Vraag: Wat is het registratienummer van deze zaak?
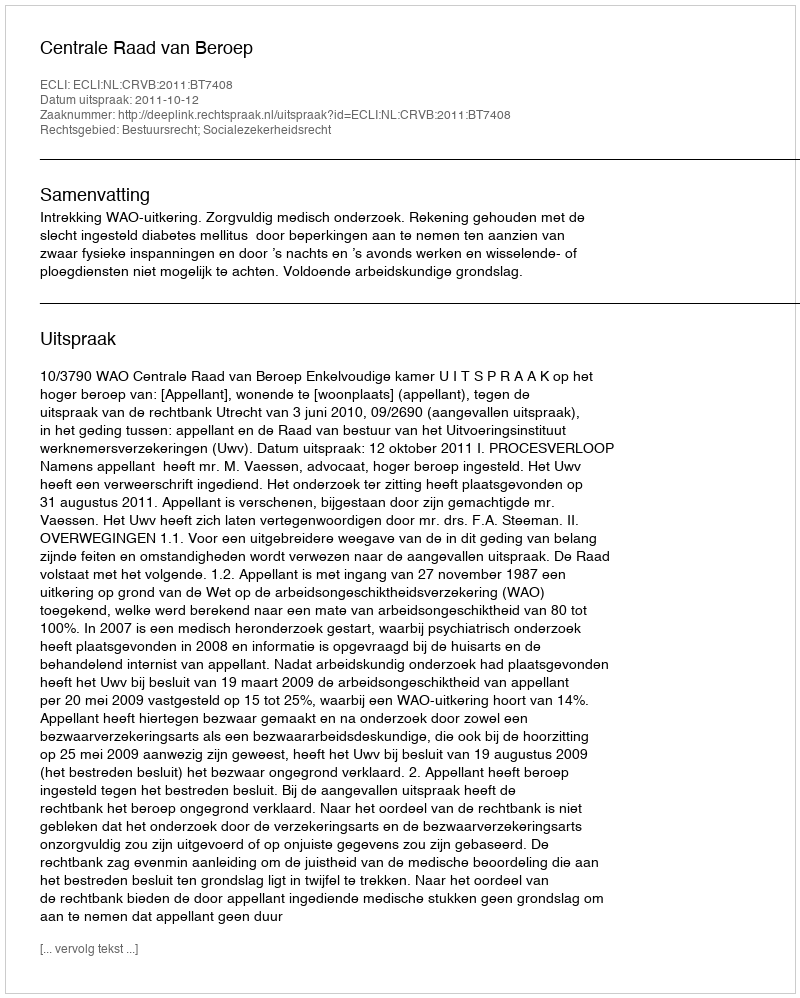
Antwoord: http://deeplink.rechtspraak.nl/uitspraak?id=ECLI:NL:CRVB:2011:BT7408